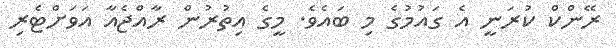
ރޭންކް ކުރަނީ އެ ގައުމުގެ މި ބައެވެ. މީގެ އިތުރުން ރާއްޖެއާ އަވަށްޓެރި